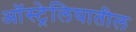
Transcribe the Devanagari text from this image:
अाॅस्ट्रेलियातील